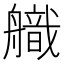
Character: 𮶚